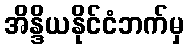
အိန္ဒိယနိုင်ငံဘက်မှ